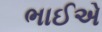
ભાઈએ